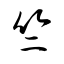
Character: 竺